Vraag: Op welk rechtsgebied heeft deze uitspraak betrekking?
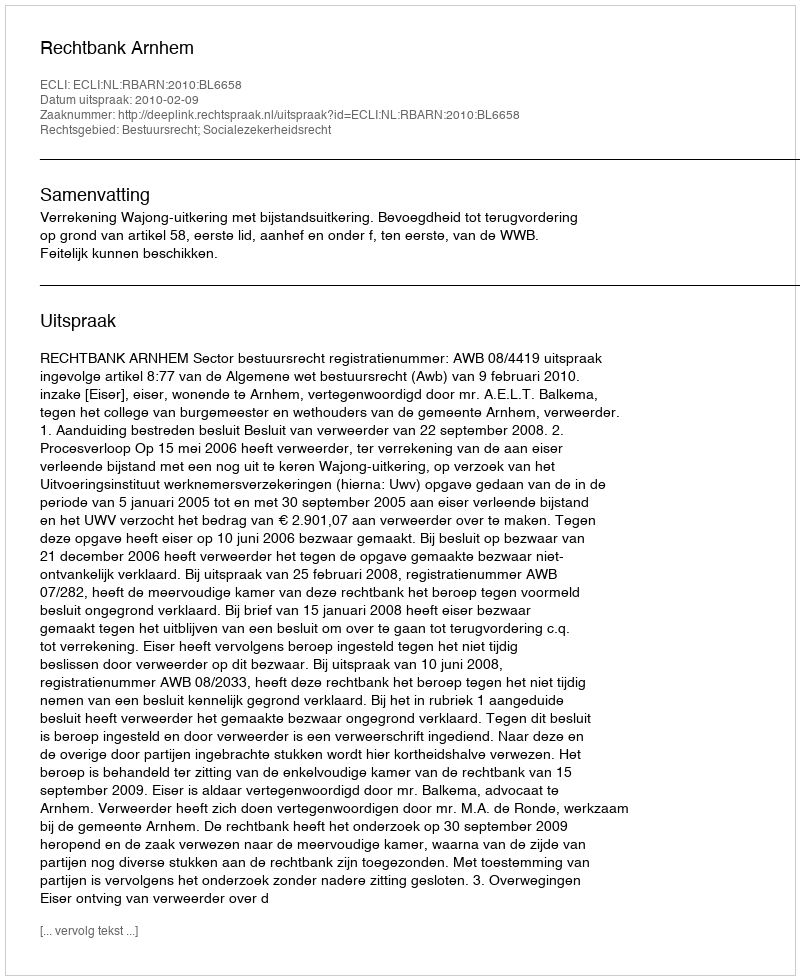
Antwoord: Bestuursrecht; Socialezekerheidsrecht